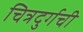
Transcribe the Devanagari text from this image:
चित्रदुर्गची